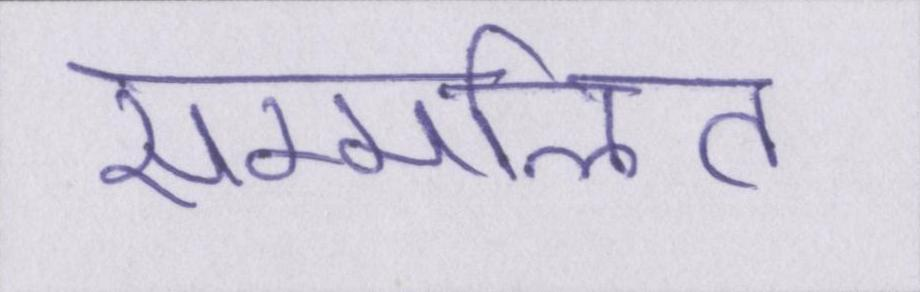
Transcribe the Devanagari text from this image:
सम्मलित